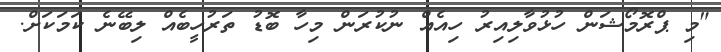
"މި ޕްރޮމޯޝަން ހުޅުވާލިއިރު ހިއެއް ނުކުރަން މިހާ ބޮޑު ތަރުހީބެއް ލިބޭނެ ކަަމަކަށް.